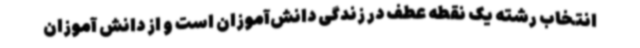
انتخاب رشته یک نقطه عطف در زندگی دانش‌آموزان است و از دانش آموزان